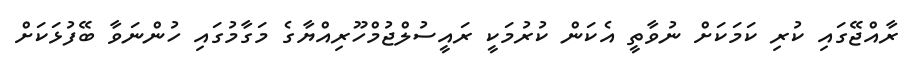
ރާއްޖޭގައި ކުރި ކަމަކަށް ނުވާތީ އެކަން ކުރުމަކީ ރައީސުލްޖުމްހޫރިއްޔާގެ މަގާމުގައި ހުންނަވާ ބޭފުޅަކަށް